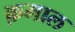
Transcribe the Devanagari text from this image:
क़माल